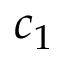
c _ { 1 }